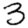
Digit: 3